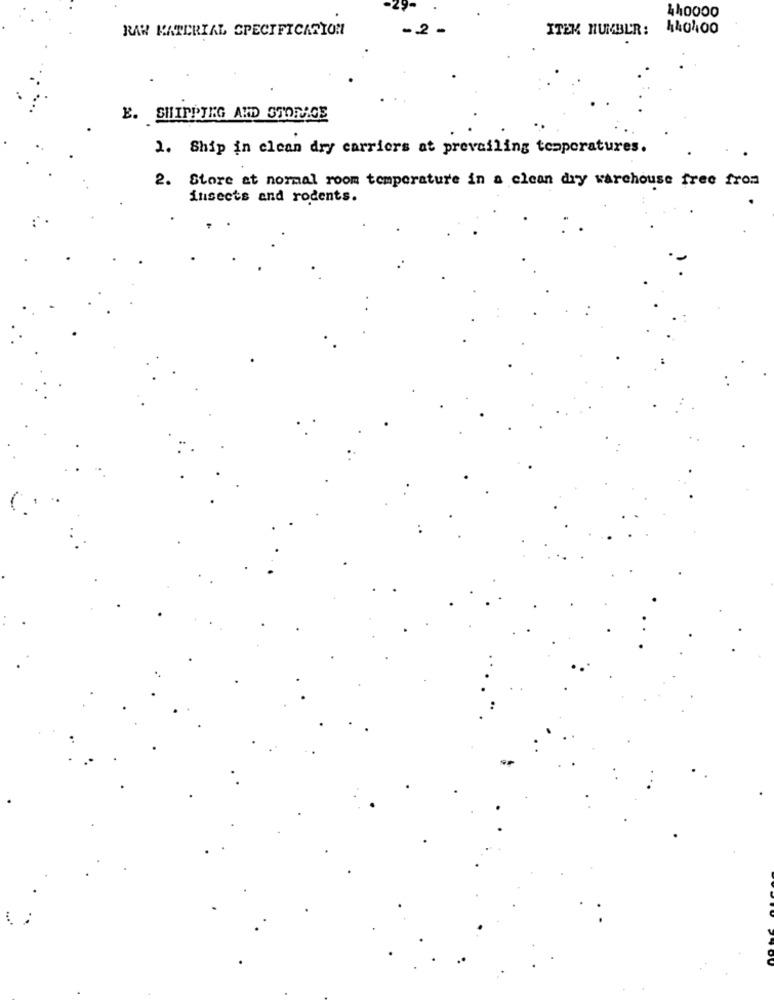
440000
RAW MATERIAL SPECIFICATION
.. 2
ITEM NUMBER:
440400
E. SHIPPING AND STORAGE
2. Ship in clean dry carriers at prevailing temperatures.
2. Store at normal room temperature in a clean dry warehouse free from
insects and rodents.